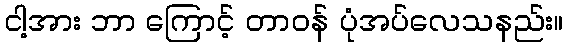
ငါ့အား ဘာ ကြောင့် တာဝန် ပုံအပ်လေသနည်း။